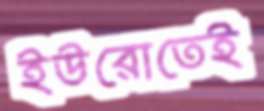
ইউরোতেই